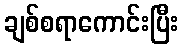
ချစ်စရာကောင်းပြီး